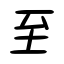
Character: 至